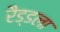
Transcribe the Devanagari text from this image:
रैड्डला